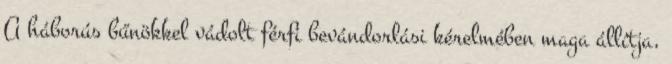
A háborús bűnökkel vádolt férfi bevándorlási kérelmében maga állítja,